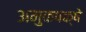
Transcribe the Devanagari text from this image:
अमुकपक्षे